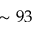
\sim 9 3